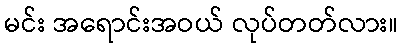
မင်း အရောင်းအဝယ် လုပ်တတ်လား။